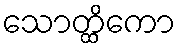
သောတ္ထိကော